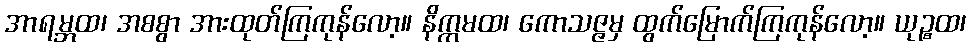
အာရမ္ဘထ၊ အစစွာ အားထုတ်ကြကုန်လော့။ နိက္ကမထ၊ ကောသဇ္ဇမှ ထွက်မြောက်ကြကုန်လော့။ ယုဉ္စထ၊